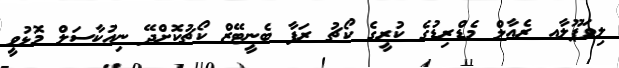
ލިވަޕޫލާއ ރެއާލް މެޑްރިޑުގެ ކުރީގެ ކޯޗު ރަފާ ބެނީޓޭޒް ކޯޗުކޮށްދޭ ނިއުކާސަލް މޮޅުވީ